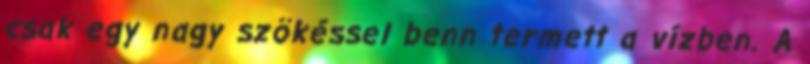
csak egy nagy szökéssel benn termett a vízben. A